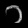
Digit: ၁